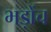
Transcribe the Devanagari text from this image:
भड़ोंच